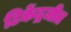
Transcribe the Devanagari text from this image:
टिकेंद्रजीत